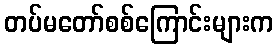
တပ်မတော်စစ်ကြောင်းများက